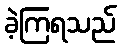
ခဲ့ကြရသည်